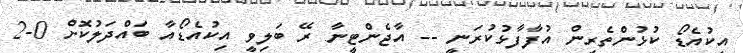
އިކުއެޑޯ ކުޅުންތެރިން އުފާފާޅުކުރަނީ -- އާޖެންޓީނާ ރޭ ބަލިވީ އިކުއެޑޯއާ ބައްދަލުކޮށް 0-2